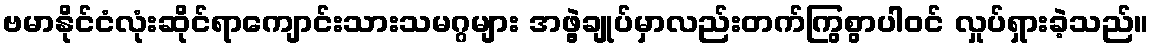
ဗမာနိုင်ငံလုံးဆိုင်ရာကျောင်းသားသမဂ္ဂများ အဖွဲ့ချုပ်မှာလည်းတက်ကြွစွာပါဝင် လှုပ်ရှားခဲ့သည်။